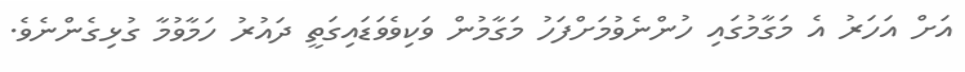
އަށް އަހަރު އެ މަގާމުގައި ހުންނެވުމަށްފަހު މަގާމުން ވަކިވެވަޑައިގަތީ ދައުރު ހަމާވުމާ ގުޅިގެންނެވެ.